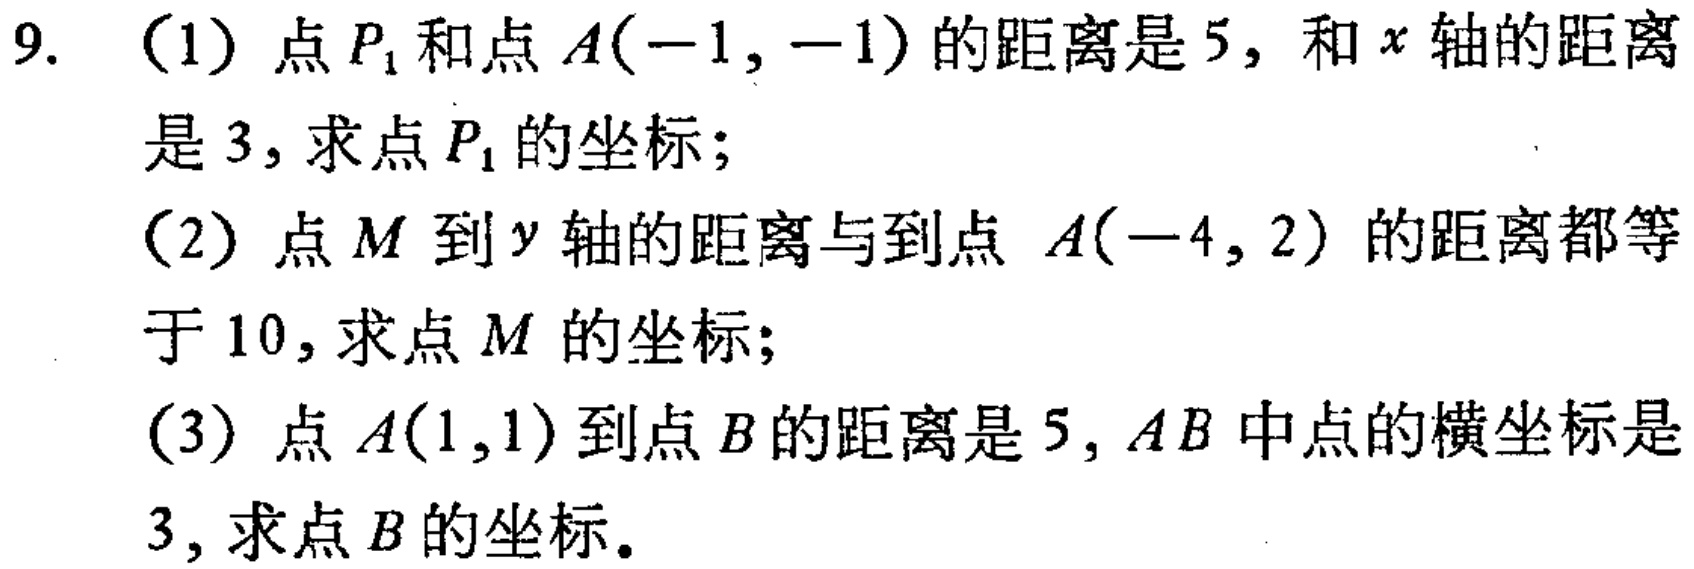
9. （1）点\(P_1\)和点\(A(-1,-1)\)的距离是\(5\)，和\(x\)轴的距离是\(3\)，求点\(P_1\)的坐标；
（2）点\(M\)到\(y\)轴的距离与到点\(A(-4,2)\)的距离都等于\(10\)，求点\(M\)的坐标；
（3）点\(A(1,1)\)到点\(B\)的距离是\(5\)，\(AB\)中点的横坐标是\(3\)，求点\(B\)的坐标。